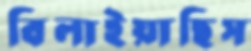
বিলাইয়াছিস